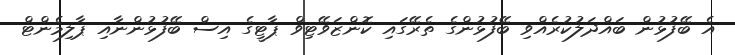
އެ ބޭފުޅުން ބައްދަލުކުރެއްވި ބޭފުޅުންގެ ތެރޭގައި ކޮންޒަވޭޓިވް ޕާޓީގެ އިސް ބޭފުޅުންނާއި ޕާލިމެންޓް